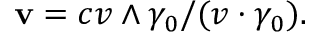
\mathbf { v } = c v \wedge \gamma _ { 0 } / ( v \cdot \gamma _ { 0 } ) .